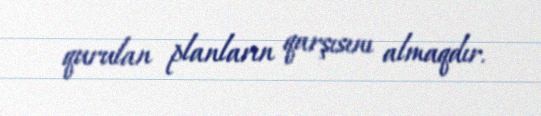
qurulan planların qarşısını almaqdır.